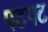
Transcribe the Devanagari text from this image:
पटपट